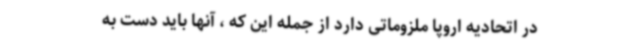
در اتحادیه اروپا ملزوماتی دارد از جمله این که ، آنها باید دست به